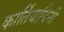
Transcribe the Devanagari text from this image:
कार्तियायिनी